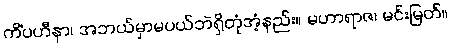
ကိံပဟီနာ၊ အဘယ်မှာမပယ်ဘဲရှိတုံအံ့နည်း။ မဟာရာဇ၊ မင်းမြတ်။